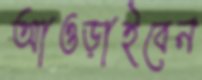
আওড়াইবেন